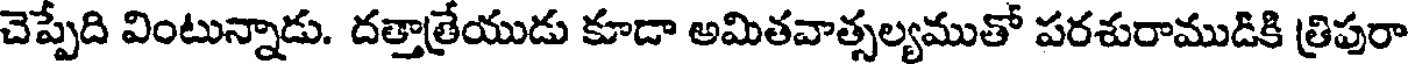
చెప్పేది వింటున్నాడు. దత్తాత్రేయుడు కూడా అమితవాత్సల్యముతో పరశురాముడికి త్రిపురా